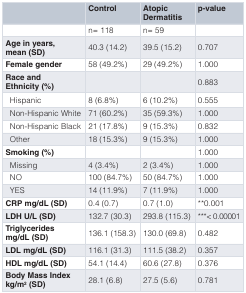
|  | Control | AtopicDermatitis | p-value |
 | --- | --- | --- | --- |
 |  | n= 118 | n= 59 |  |
 | Age in years,mean (SD) | 40.3 (14.2) | 39.5 (15.2) | 0.707 |
 | Female gender | 58 (49.2%) | 29 (49.2%) | 1.000 |
 | Race andEthnicity (%) |  |  | 0.883 |
 | Hispanic | 8 (6.8%) | 6 (10.2%) | 0.555 |
 | Non-Hispanic White | 71 (60.2%) | 35 (59.3%) | 1.000 |
 | Non-Hispanic Black | 21 (17.8%) | 9 (15.3%) | 0.832 |
 | Other | 18 (15.3%) | 9 (15.3%) | 1.000 |
 | Smoking (%) |  |  | 1.000 |
 | Missing | 4 (3.4%) | 2 (3.4%) | 1.000 |
 | NO | 100 (84.7%) | 50 (84.7%) | 1.000 |
 | YES | 14 (11.9%) | 7 (11.9%) | 1.000 |
 | CRP mg/dL (SD) | 0.4 (0.7) | 0.7 (1.0) | **0.001 |
 | LDH U/L (SD) | 132.7 (30.3) | 293.8 (115.3) | ***< 0.00001 |
 | Triglyceridesmg/dL (SD) | 136.1 (158.3) | 130.0 (69.8) | 0.482 |
 | LDL mg/dL (SD) | 116.1 (31.3) | 111.5 (38.2) | 0.357 |
 | HDL mg/dL (SD) | 54.1 (14.4) | 60.6 (27.8) | 0.376 |
 | Body Mass Indexkg/m2 (SD) | 28.1 (6.8) | 27.5 (5.6) | 0.781 |